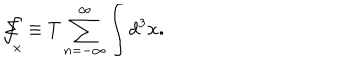
LaTeX: \Sigma \! \! \! \! \! \! \int _ { x } \equiv T \sum _ { n = - \infty } ^ { \infty } \int d ^ { 3 } \mathbf { x . }